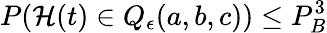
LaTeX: P(\mathcal{H}(t)\in Q_{\epsilon}(a,b,c))\leq P_{B}^{3}